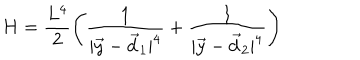
H = \frac { L ^ { 4 } } { 2 } \left( \frac { 1 } { | \vec { y } - \vec { d } _ { 1 } | ^ { 4 } } + \frac { 1 } { | \vec { y } - \vec { d } _ { 2 } | ^ { 4 } } \right)